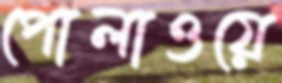
পোলাওয়ে